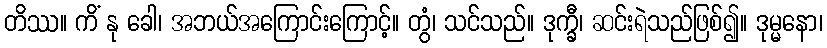
တိဿ။ ကိံ နု ခေါ၊ အဘယ်အကြောင်းကြောင့်။ တွံ၊ သင်သည်။ ဒုက္ခီ၊ ဆင်းရဲသည်ဖြစ်၍။ ဒုမ္မနော၊